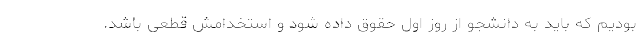
بودیم که باید به دانشجو از روز اول حقوق داده شود و استخدامش قطعی باشد.